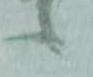
候